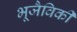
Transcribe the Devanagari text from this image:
भूजैविकी